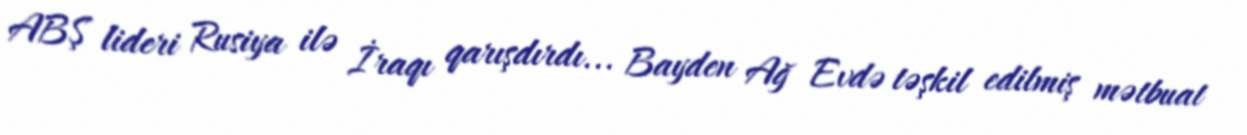
ABŞ lideri Rusiya ilə İraqı qarışdırdı... Bayden Ağ Evdə təşkil edilmiş mətbuat